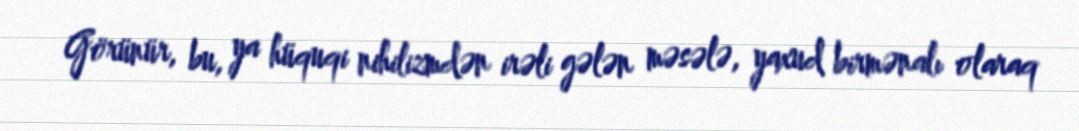
Görünür, bu, ya hüquqi nihilizmdən irəli gələn məsələ, yaxud birmənalı olaraq